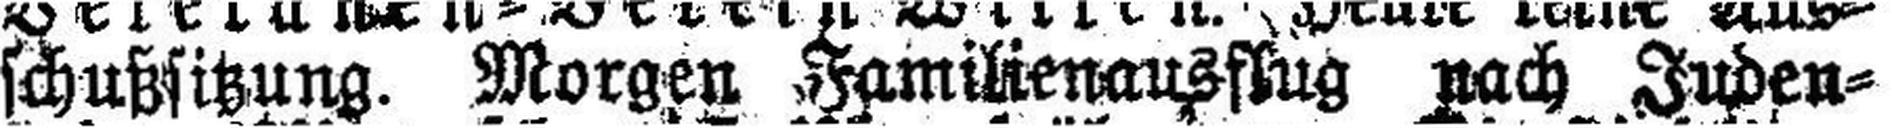
schußsitzung. Morgen Familienausflug nach Juden¬